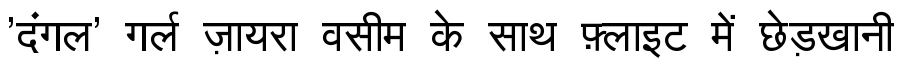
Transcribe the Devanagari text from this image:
'दंगल' गर्ल ज़ायरा वसीम के साथ फ़्लाइट में छेड़खानी